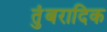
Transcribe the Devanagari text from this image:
तुंबरादिक